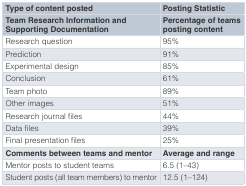
<table><thead><tr><td><b>Type of content posted</b></td><td><b>Posting Statistic</b></td></tr><tr><td><b>Team Research Information andSupporting Documentation</b></td><td><b>Percentage of teamsposting content</b></td></tr></thead><tbody><tr><td>Research question</td><td>95%</td></tr><tr><td>Prediction</td><td>91%</td></tr><tr><td>Experimental design</td><td>85%</td></tr><tr><td>Conclusion</td><td>61%</td></tr><tr><td>Team photo</td><td>89%</td></tr><tr><td>Other images</td><td>51%</td></tr><tr><td>Research journal files</td><td>44%</td></tr><tr><td>Data files</td><td>39%</td></tr><tr><td>Final presentation files</td><td>25%</td></tr><tr><td><b>Comments between teams and mentor</b></td><td><b>Average and range</b></td></tr><tr><td>Mentor posts to student teams</td><td>6.5 (1–43)</td></tr><tr><td>Student posts (all team members) to mentor</td><td>12.5 (1–124)</td></tr></tbody></table>